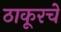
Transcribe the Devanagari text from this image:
ठाकूरचे